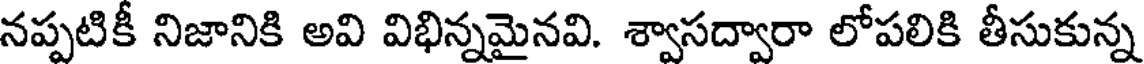
నప్పటికీ నిజానికి అవి విభిన్నమైనవి. శ్వాసద్వారా లోపలికి తీసుకున్న